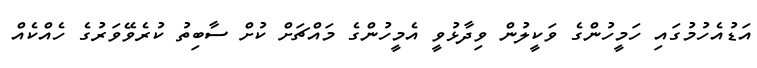
އަޑުއެހުމުގައި ހަމީހުންގެ ވަކީލުން ވިދާޅުވީ އެމީހުންގެ މައްޗަށް ކުށް ސާބިތު ކުރެވޭވަރުގެ ހެއްކެއް